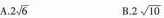
A. 2 \sqrt{6} B. 2 \sqrt{10}